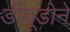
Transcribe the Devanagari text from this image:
डीयूडोने